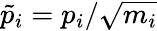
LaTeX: \tilde{p}_{i}=p_{i}/\sqrt{m_{i}}